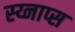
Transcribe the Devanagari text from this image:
स्य्नाप्स